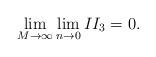
LaTeX: \begin{align*}\lim_{M\rightarrow\infty}\lim_{n\rightarrow 0} II_3 = 0 .\end{align*}